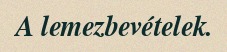
A lemezbevételek.